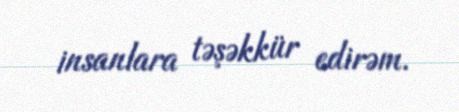
insanlara təşəkkür edirəm.